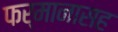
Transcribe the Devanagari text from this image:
फर्मानासह